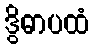
ဒွိဓာပထံ